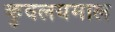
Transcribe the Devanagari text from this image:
कुवलयमाल